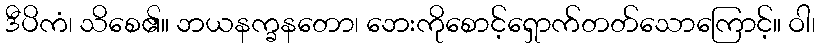
ဒီပိကံ၊ သိစေ၏။ ဘယနက္ခနတော၊ ဘေးကိုစောင့်ရှောက်တတ်သောကြောင့်။ ဝါ၊